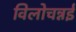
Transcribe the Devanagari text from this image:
विलोचन्नई